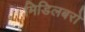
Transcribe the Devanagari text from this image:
मिडिलबरो